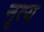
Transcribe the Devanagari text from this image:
नॄत्य